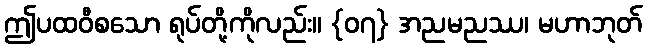
ဤပထဝီစသော ရုပ်တို့ကိုလည်း။ {၀၇} အညမညဿ၊ မဟာဘုတ်